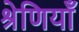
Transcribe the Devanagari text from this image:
श्रेणियॉं